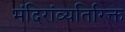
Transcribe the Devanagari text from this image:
मंदिरांव्यतिरिक्त